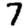
Digit: 7